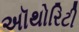
અૉથોરિટી